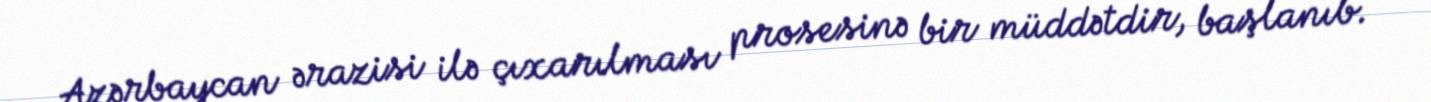
Azərbaycan ərazisi ilə çıxarılması prosesinə bir müddətdir, başlanıb.